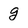
Character: g